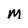
Character: M